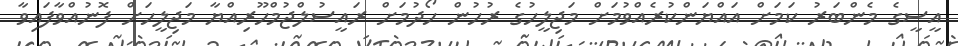
އީސީގެ މެންބަރު ކަމަށް އައްޔަންކުރެއްވުމަށް މަޖިލީހުގެ ރުހުން ހޯދުމަށް ރައީސުލްޖުމްހޫރިއްޔާ މަޖިލީހަށް ފޮނުއްވާފައިވާ